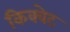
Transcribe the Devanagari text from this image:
किक्वेट